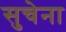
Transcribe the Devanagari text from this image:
सुचेना